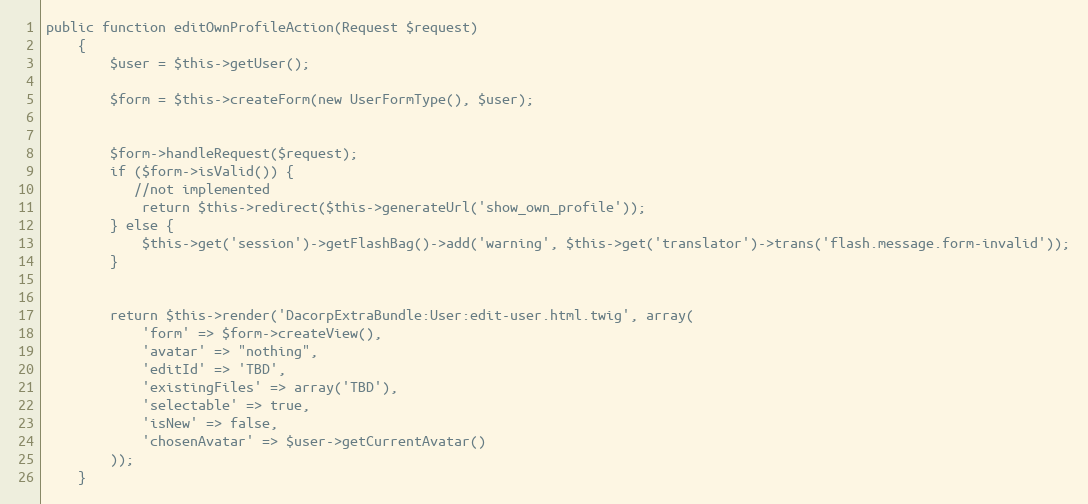
Language: PHP
public function editOwnProfileAction(Request $request)
    {
        $user = $this->getUser();

        $form = $this->createForm(new UserFormType(), $user);

        $form->handleRequest($request);
        if ($form->isValid()) {
           //not implemented
            return $this->redirect($this->generateUrl('show_own_profile'));
        } else {
            $this->get('session')->getFlashBag()->add('warning', $this->get('translator')->trans('flash.message.form-invalid'));
        }

        return $this->render('DacorpExtraBundle:User:edit-user.html.twig', array(
            'form' => $form->createView(),
            'avatar' => "nothing",
            'editId' => 'TBD',
            'existingFiles' => array('TBD'),
            'selectable' => true,
            'isNew' => false,
            'chosenAvatar' => $user->getCurrentAvatar()
        ));
    }